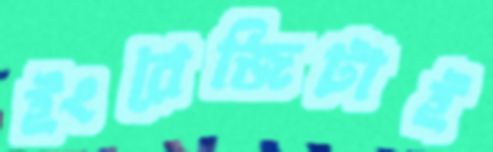
ইংরেজিটাই